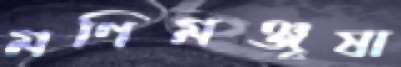
মণিমঞ্জূষা